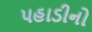
પહાડીનો